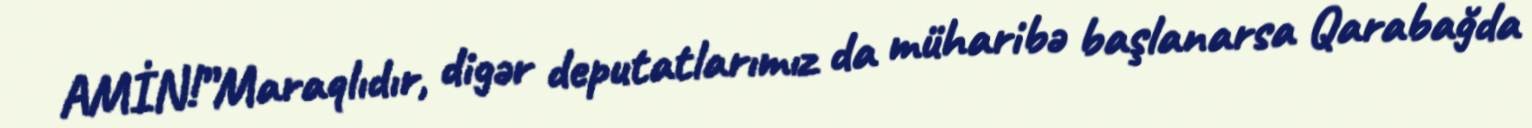
AMİN!”Maraqlıdır, digər deputatlarımız da müharibə başlanarsa Qarabağda